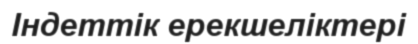
Індеттік ерекшеліктері